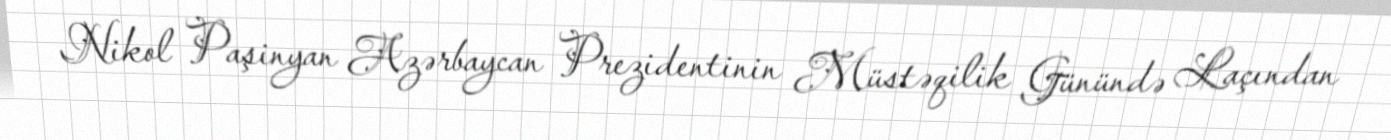
Nikol Paşinyan Azərbaycan Prezidentinin Müstəqilik Günündə Laçından